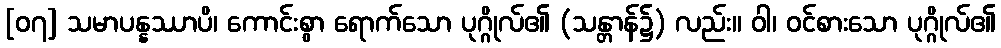
[၀၇] သမာပန္နဿာပိ၊ ကောင်းစွာ ရောက်သော ပုဂ္ဂိုလ်၏ (သန္တာန်၌) လည်း။ ဝါ၊ ဝင်စားသော ပုဂ္ဂိုလ်၏